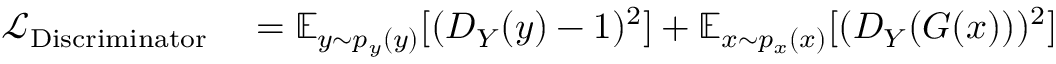
\begin{array} { r l } { \mathcal { L } _ { \mathrm { D i s c r i m i n a t o r } } } & { { } = \mathbb { E } _ { y \sim p _ { y } ( y ) } [ ( D _ { Y } ( y ) - 1 ) ^ { 2 } ] + \mathbb { E } _ { x \sim p _ { x } ( x ) } [ ( D _ { Y } ( G ( x ) ) ) ^ { 2 } ] } \end{array}